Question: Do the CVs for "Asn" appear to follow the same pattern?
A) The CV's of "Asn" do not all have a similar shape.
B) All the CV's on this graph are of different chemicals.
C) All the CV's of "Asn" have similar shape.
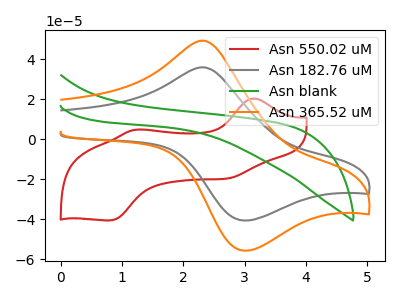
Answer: <think>The red curve "Asn 550.02 uM" has anodic peaks at (3.15V, 20.30uA) (1.25V, 4.75uA) and cathodic peaks at (2.75V, -19.60uA) (0.80V, -40.60uA). The gray curve "Asn 182.76 uM" has an anodic peak at (2.35V, 35.90uA) and a cathodic peak at (3.00V, -40.60uA). The green curve "Asn blank" has no peaks. The orange curve "Asn 365.52 uM" has an anodic peak at (2.35V, 49.20uA) and a cathodic peak at (3.00V, -55.70uA).
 "Asn 550.02 uM" and "Asn 182.76 uM" have a different number of peaks. "Asn 550.02 uM" and "Asn blank" have a different number of peaks. "Asn 550.02 uM" and "Asn 365.52 uM" have a different number of peaks. "Asn 182.76 uM" and "Asn blank" have a different number of peaks. All the peaks in "Asn 182.76 uM" have a peak in "Asn 365.52 uM" at the same potential. Every peak in "Asn 182.76 uM" is lower than every peak in "Asn 365.52 uM". "Asn blank" and "Asn 365.52 uM" have a different number of peaks.</think>
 <answer>C) All the CV's of "Asn" have similar shape.</answer>
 <eval>C</eval>